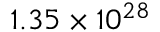
1 . 3 5 \times 1 0 ^ { 2 8 }